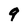
Character: 9